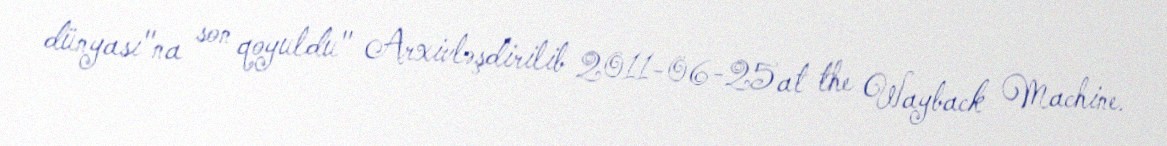
dünyası"na son qoyuldu" Arxivləşdirilib 2011-06-25 at the Wayback Machine.